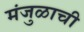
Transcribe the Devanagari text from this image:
मंजुळाची